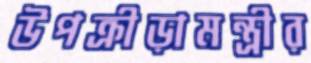
উপক্রীড়ামন্ত্রীর